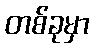
တစ်ခုမှာ